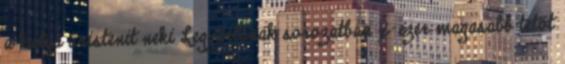
a kutya úristenit neki Legyártanak sorozatban x-ezer magasabb tetőt